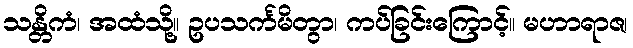
သန္တိကံ၊ အထံသို့။ ဥပသင်္ကမိတွာ၊ ကပ်ခြင်းကြောင့်။ မဟာရာဇ၊